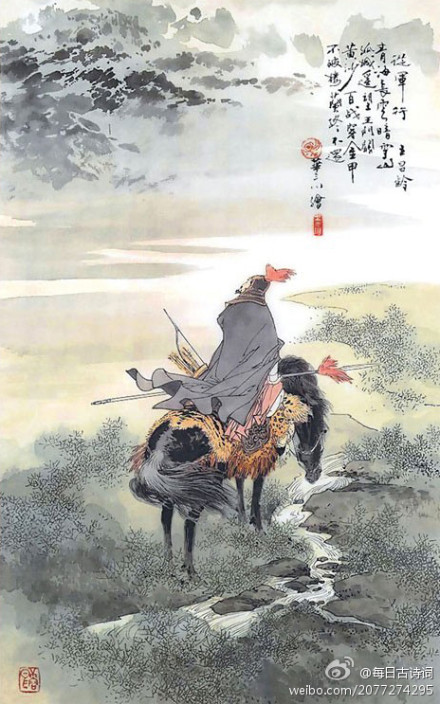
青海长云暗雪山，孤城遥望玉门关。